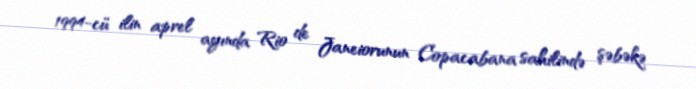
1994-cü ilin aprel ayında Rio de Janeiorunun Copacabana sahilində şəbəkə